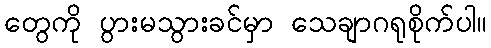
တွေကို ပွားမသွားခင်မှာ သေချာဂရုစိုက်ပါ။